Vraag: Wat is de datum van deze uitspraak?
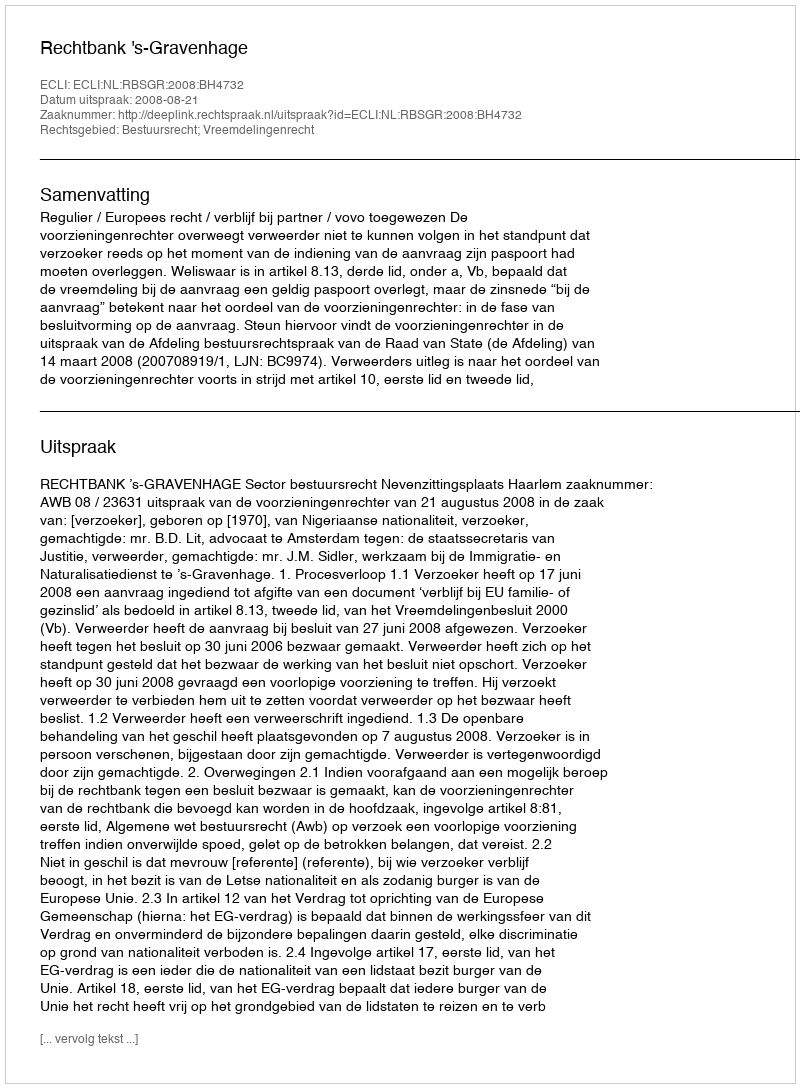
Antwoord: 2008-08-21